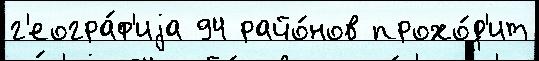
г'еогра́ф'иjа 94 райо́нов прохо́д'ит